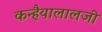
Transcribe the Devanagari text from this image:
कन्हैयालालजी